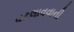
વટલાવવાની